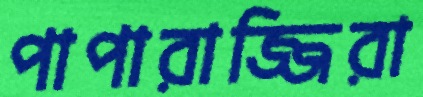
পাপারাজ্জিরা